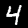
Label: 4